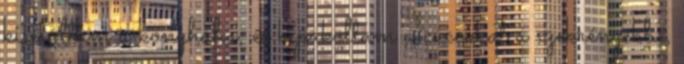
kisétáltam a konyhába, és kipakoltam a cuccokat a szekrényekbe,